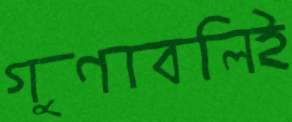
গুণাবলিই